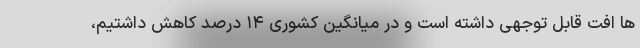
ها افت قابل توجهی داشته است و در میانگین کشوری ۱۴ درصد کاهش داشتیم،